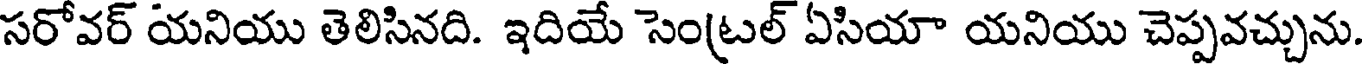
సరోవర్ యనియు తెలిసినది. ఇదియే సెంట్రల్ ఏసియా యనియు చెప్పవచ్చును.